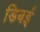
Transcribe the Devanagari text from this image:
डिबई